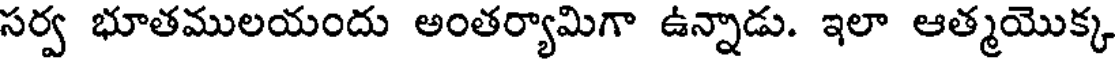
సర్వ భూతములయందు అంతర్యామిగా ఉన్నాడు. ఇలా ఆత్మయొక్క